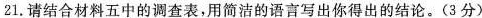
21.请结合材料五中的调查表，用简洁的语言写出你得出的结论。(3分)